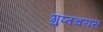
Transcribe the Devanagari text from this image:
गुप्तचरास